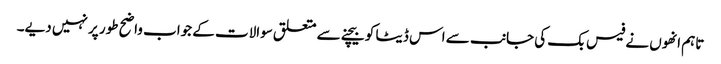
تاہم انھوں نے فیس بک کی جانب سے اس ڈیٹا کو بیچنے سے متعلق سوالات کے جواب واضح طور پر نہیں دیے۔